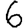
Digit: 6